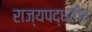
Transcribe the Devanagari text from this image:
राज्यपद्धतीत